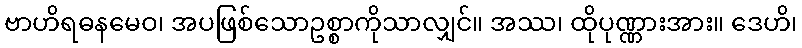
ဗာဟိရဓနမေဝ၊ အပဖြစ်သောဥစ္စာကိုသာလျှင်။ အဿ၊ ထိုပုဏ္ဏားအား။ ဒေဟိ၊